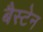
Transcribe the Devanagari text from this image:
बैस्टेन